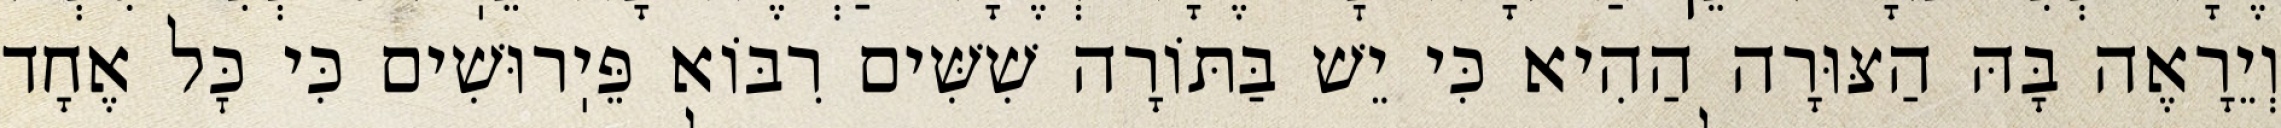
וְיֵרָאֶה בָּהּ הַצּוּרָה הַהִיא כִּי יֵשׁ בַּתּוֹרָה שִׁשִּׁים רִבּוֹא פֵּיֽרוּשִׁים כִּי כׇּל אֶחָד